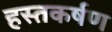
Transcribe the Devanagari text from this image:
हस्तकर्षण